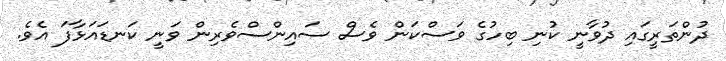
ދުންތަރީގައި ދުވާނީ ކުނި ބިހުގެ ވަސްކަން ވެސް ސައިންސްވެރިން ވަނީ ކަނޑައަޅާފަ އެވެ.